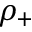
\rho _ { + }